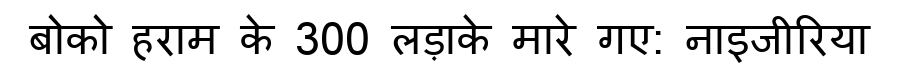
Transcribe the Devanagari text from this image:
बोको हराम के 300 लड़ाके मारे गए: नाइजीरिया